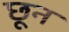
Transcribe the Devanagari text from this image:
छून